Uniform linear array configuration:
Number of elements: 48
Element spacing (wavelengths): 1
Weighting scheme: blackman
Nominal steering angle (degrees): -15
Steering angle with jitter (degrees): -14.552
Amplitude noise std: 0.05
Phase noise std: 0.05

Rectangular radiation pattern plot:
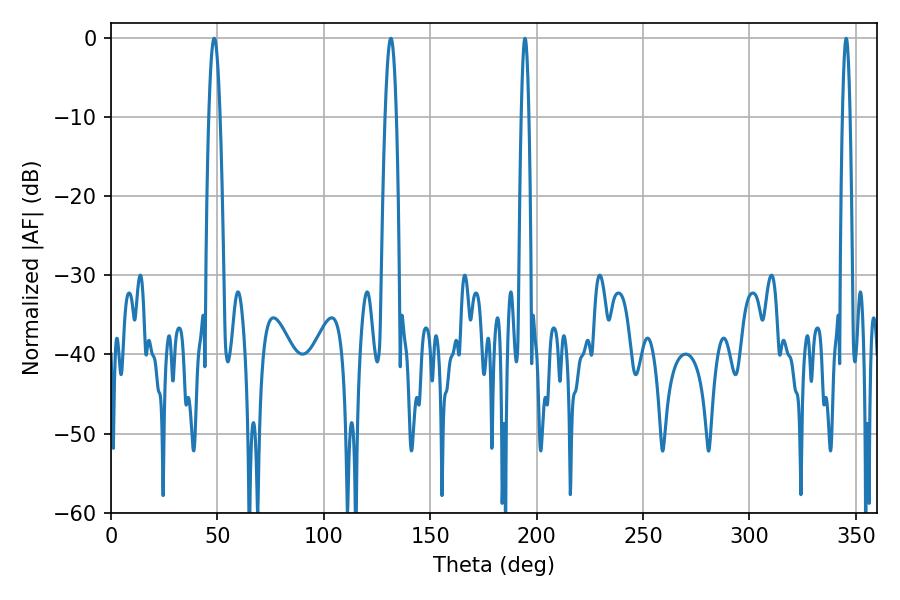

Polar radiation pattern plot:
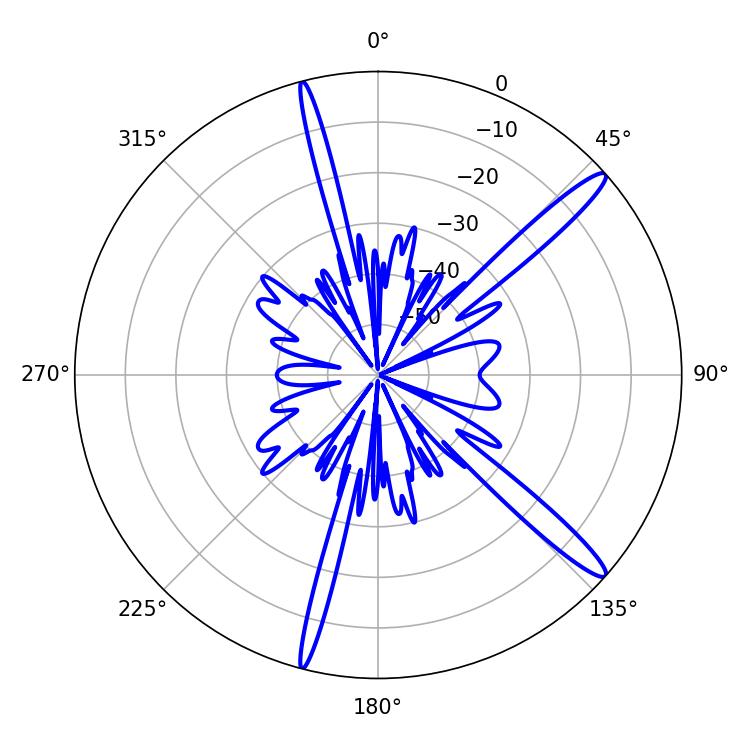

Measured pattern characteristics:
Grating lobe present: TRUE
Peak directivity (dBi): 14.956
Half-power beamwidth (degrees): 1.8
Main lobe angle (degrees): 345.42